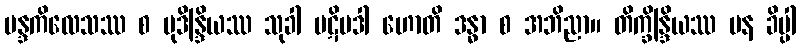
မန္ဒကိလေသဿ စ မုဒိန္ဒြိယဿ သုခါ ပဋိပဒါ ဟောတိ ဒန္ဓာ စ အဘိညာ။ တိက္ခိန္ဒြိယဿ ပန ခိပ္ပါ